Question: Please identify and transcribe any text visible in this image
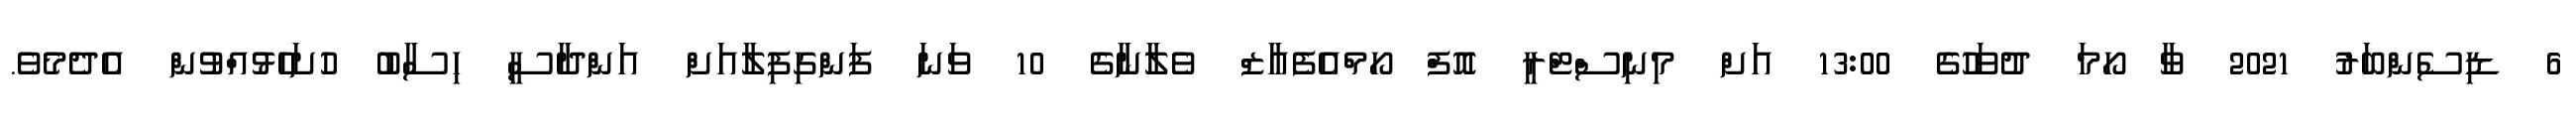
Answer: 6 ޑިސެންބަރު 2021 ވާ ހޯމަ ދުވަހުގެ 13:00 އަށް މިނިސްޓްރީ އޮފް ހޯމްއެފެއާޒް ވެލާނާގެ 10 ވަނަ ފަންގިފިލާއަށް އަންދާސީ ހިސާބު ހުށަހެޅުއްވުން އެދެމެވެ.